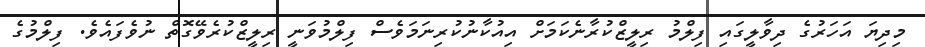
މިދިޔަ އަހަރުގެ ދިވާލީގައި ފިލްމު ރިލީޒްކުރާނެކަމަށް އިއުކާނުކުރިނަމަވެސް ފިލްމުވަނީ ރިލީޒްކުރެވޭގޮތް ނުވެފައެވެ. ފިލްމުގެ